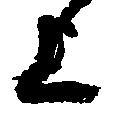
上